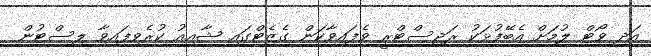
އަދި ވޯޓް ލުމަށް އެބޭފުޅަކު ރަޖިސްޓްރީ ވެފައިވާކަން ގެޒެޓްގައި ޝާއިއު ކުރެވިފައިވާ ލިސްޓުން